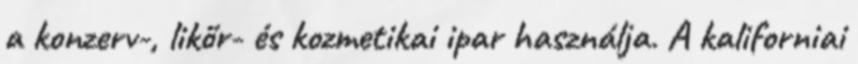
a konzerv-, likőr- és kozmetikai ipar használja. A kaliforniai